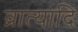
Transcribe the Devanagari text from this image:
व्रात्यादि